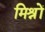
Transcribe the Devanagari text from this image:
मिश्रों